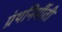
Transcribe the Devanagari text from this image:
ग्रंथनिर्मीती